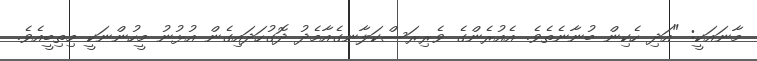
މާނައަކީ: "އަދި ހެކިން ބުނާނެތެވެ. އެއުރެންގެ ވެރިރަސްކަލާނގެއާމެދު ދޮގުހަދައިގެން އުޅުނު މީހުންނަކީ މިތިބީއެވެ.